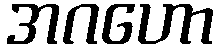
အဂဟော